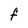
Character: F